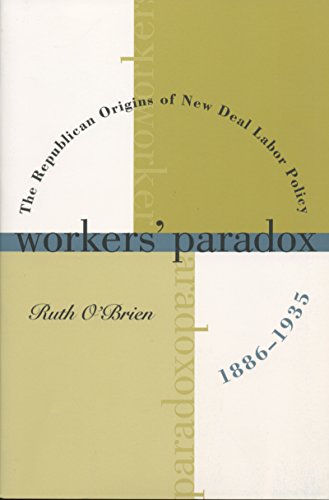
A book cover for Workers' Paradox: The Republican Origins of New Deal  Labor Policy, 1886-1935; Ruth O'Brien; Business & Money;